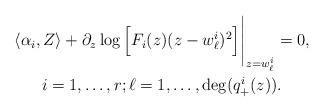
LaTeX: \begin{align*}\begin{gathered}\langle\alpha_i,Z\rangle+\partial_z\log\Big[F_i(z)(z-w^i_\ell)^2\Big]\Bigg|_{z=w^i_\ell}=0,\\ i=1,\dots, r; \ell=1, \dots, \deg(q^i_+(z)).\end{gathered}\end{align*}